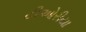
ટીઓરીયા